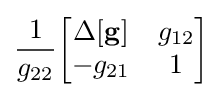
{\frac {1}{g_{22}}}{\begin{bmatrix}\Delta \mathbf {[g]} &g_{12}\\-g_{21}&1\end{bmatrix}}